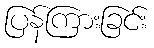
ပြန်ကြားခြင်း